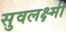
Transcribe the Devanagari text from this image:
सुवलक्ष्मी